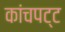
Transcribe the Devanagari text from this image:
कांचपट्ट